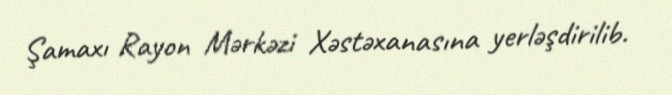
Şamaxı Rayon Mərkəzi Xəstəxanasına yerləşdirilib.